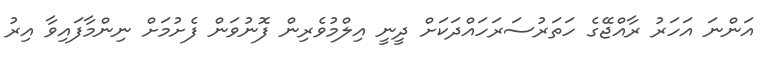
އަންނަ އަހަރު ރާއްޖޭގެ ހަތަރުސަރަހައްދަކަށް ދީނީ އިލްމުވެރިން ފޮނުވަން ފެށުމަށް ނިންމާފައިވާ އިރު